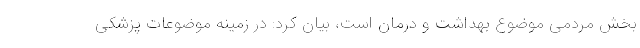
بخش مردمی موضوع بهداشت و درمان است، بیان کرد: در زمینه موضوعات پزشکی